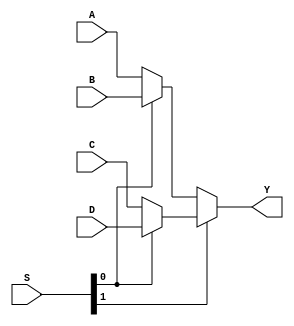
/*
 * Exercise: 2
 * Description: Multiplexer 4 to 1
 * Script:
iverilog -o mux mux.v mux-tb.v
vvp mux
gtkwave mux.vpd
 */
module mux41 (Y,A,B,C,D,S);
	input [3:0] A, B, C, D;
	input [1:0] S;
	output [3:0] Y;
	
	assign Y = S[1] ? (S[0] ? D : C) : (S[0] ? B : A);

endmodule